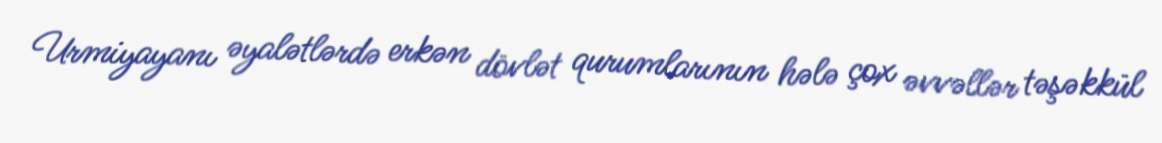
Urmiyayanı əyalətlərdə erkən dövlət qurumlarının hələ çox əvvəllər təşəkkül